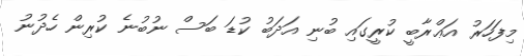
މިފަހަރު އަޢްރާބީ ކުރީގައި ބުނި އަދަބު ކުޑަ ބަސް ނުބުނެ ކުރިން ހެދުނު